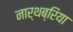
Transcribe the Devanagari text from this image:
नार्थब्रिया